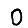
Digit: 0